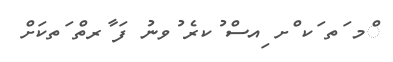
ްމ ަތ ަކ ްށ ިއސް ުކރެ ުވނު ފަ ާރތް ަތކަށް